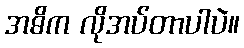
အဓိက လိုအပ်တာပါပဲ။